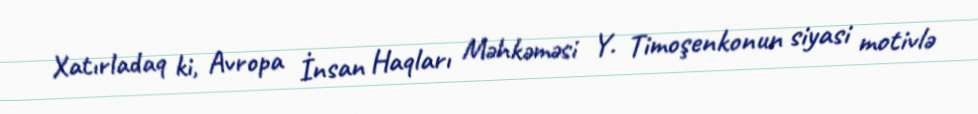
Xatırladaq ki, Avropa İnsan Haqları Məhkəməsi Y. Timoşenkonun siyasi motivlə